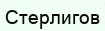
Стерлигов